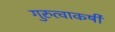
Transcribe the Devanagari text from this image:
गुरुत्वाकर्षी